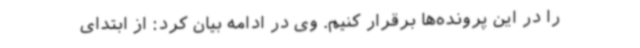
را در این پرونده‌ها برقرار کنیم. وی در ادامه بیان کرد: از ابتدای